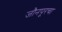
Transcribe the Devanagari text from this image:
जौनपूरचा